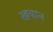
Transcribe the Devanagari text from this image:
खचान